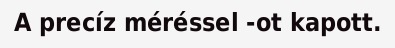
A precíz méréssel -ot kapott.